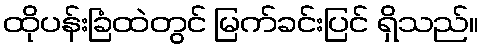
ထိုပန်းခြံထဲတွင် မြက်ခင်းပြင် ရှိသည်။